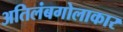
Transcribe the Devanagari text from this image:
अतिलंबगोलाकार